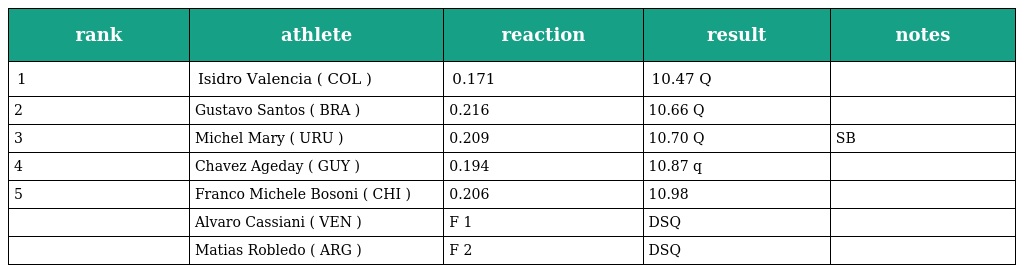
| rank | athlete | reaction | result | notes |
 | --- | --- | --- | --- | --- |
 | 1 | Isidro Valencia ( COL ) | 0.171 | 10.47 Q |  |
 | 2 | Gustavo Santos ( BRA ) | 0.216 | 10.66 Q |  |
 | 3 | Michel Mary ( URU ) | 0.209 | 10.70 Q | SB |
 | 4 | Chavez Ageday ( GUY ) | 0.194 | 10.87 q |  |
 | 5 | Franco Michele Bosoni ( CHI ) | 0.206 | 10.98 |  |
 |  | Alvaro Cassiani ( VEN ) | F 1 | DSQ |  |
 |  | Matias Robledo ( ARG ) | F 2 | DSQ |  |